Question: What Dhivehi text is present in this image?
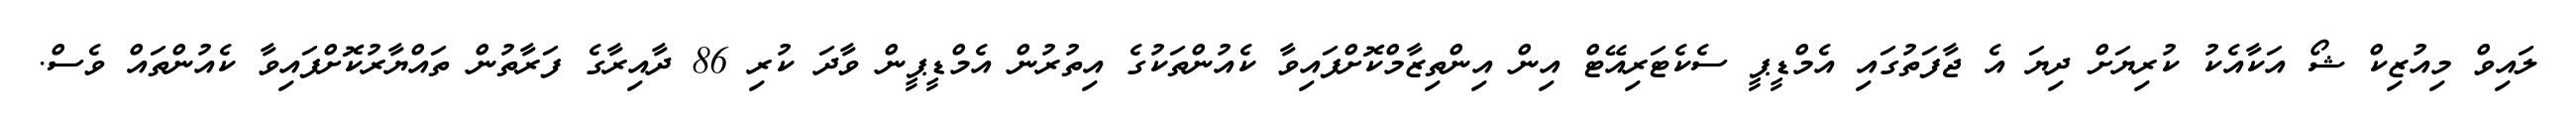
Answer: ލައިވް މިއުޒިކް ޝޯ އަކާއެކު ކުރިޔަށް ދިޔަ އެ ޖާފަތުގައި އެމްޑީޕީ ސެކެޓަރިއޭޓް އިން އިންތިޒާމްކޮށްފައިވާ ކެއުންތަކުގެ އިތުރުން އެމްޑީޕީން ވާދަ ކުރި 86 ދާއިރާގެ ފަރާތުން ތައްޔާރުކޮށްފައިވާ ކެއުންތައް ވެސް.